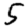
Digit: 5